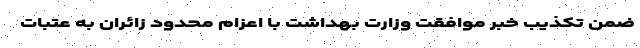
ضمن تکذیب خبر موافقت وزارت بهداشت با اعزام محدود زائران به عتبات